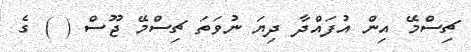
ޗިސްމޭ އިން އުފައްދާ ދިޔަ ނުވަތަ ޗިސްމޭ ޖޫސް ( ) ގެ